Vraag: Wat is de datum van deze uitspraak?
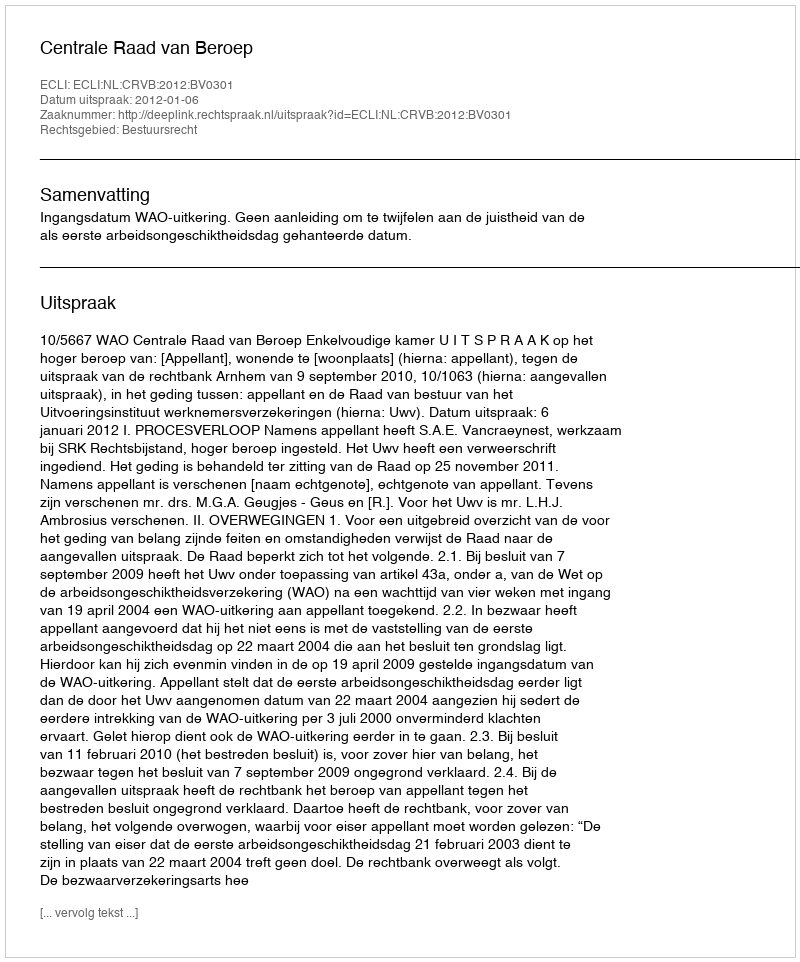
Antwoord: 2012-01-06